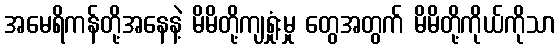
အမေရိကန်တို့အနေနဲ့ မိမိတို့ကျရှုံးမှု တွေအတွက် မိမိတို့ကိုယ်ကိုသာ